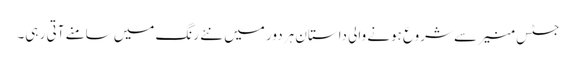
جسٹس منیر سے شروع ہونے والی داستان ہر دور میں نئے رنگ میں سامنے آتی ر ہی۔